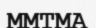
ММТМА